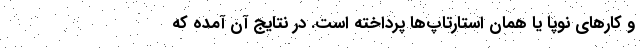
و کارهای نوپا یا همان استارتاپ‌ها پرداخته است. در نتایج آن آمده که